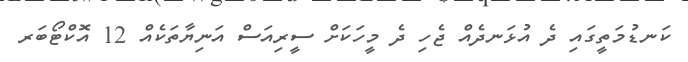
ކަނޑުމަތީގައި ދެ އުޅަނދެއް ޖެހި ދެ މީހަކަށް ސީރިއަސް އަނިޔާތަކެއް 12 އޮކްޓޯބަރ